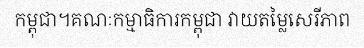
កម្ពុជា។គណៈកម្មាធិការកម្ពុជា វាយតម្លៃសេរីភាព